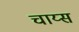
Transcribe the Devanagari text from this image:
चाय्स